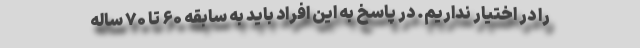
را در اختیار نداریم. در پاسخ به این افراد باید به سابقه ۶۰ تا ۷۰ ساله